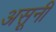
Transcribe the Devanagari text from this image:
असूनी